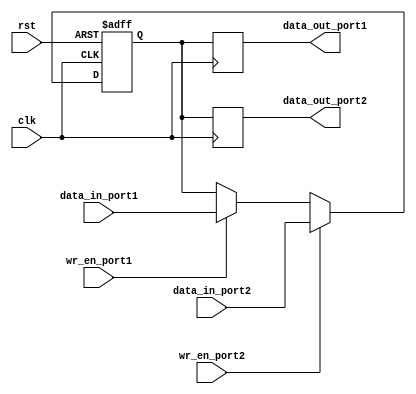
module dual_port_register (
    input clk,
    input rst,
    input wr_en_port1,
    input wr_en_port2,
    input [7:0] data_in_port1,
    input [7:0] data_in_port2,
    output reg [7:0] data_out_port1,
    output reg [7:0] data_out_port2
);

reg [7:0] reg_data;

always @(posedge clk or posedge rst) begin
    if (rst) begin
        reg_data <= 8'h00; // Reset to 0
    end else begin
        if (wr_en_port1) begin
            reg_data <= data_in_port1;
        end 
        if (wr_en_port2) begin
            reg_data <= data_in_port2;
        end
    end
end

always @(posedge clk) begin
    data_out_port1 <= reg_data;
    data_out_port2 <= reg_data;
end

endmodule